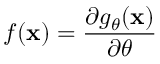
f ( \mathbf { x } ) = \frac { \partial g _ { \theta } ( \mathbf { x } ) } { \partial \theta }